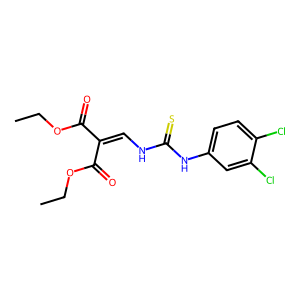
SMILES: CCOC(=O)C(=CNC(=S)Nc1ccc(Cl)c(Cl)c1)C(=O)OCC
Inhibits HIV replication: No